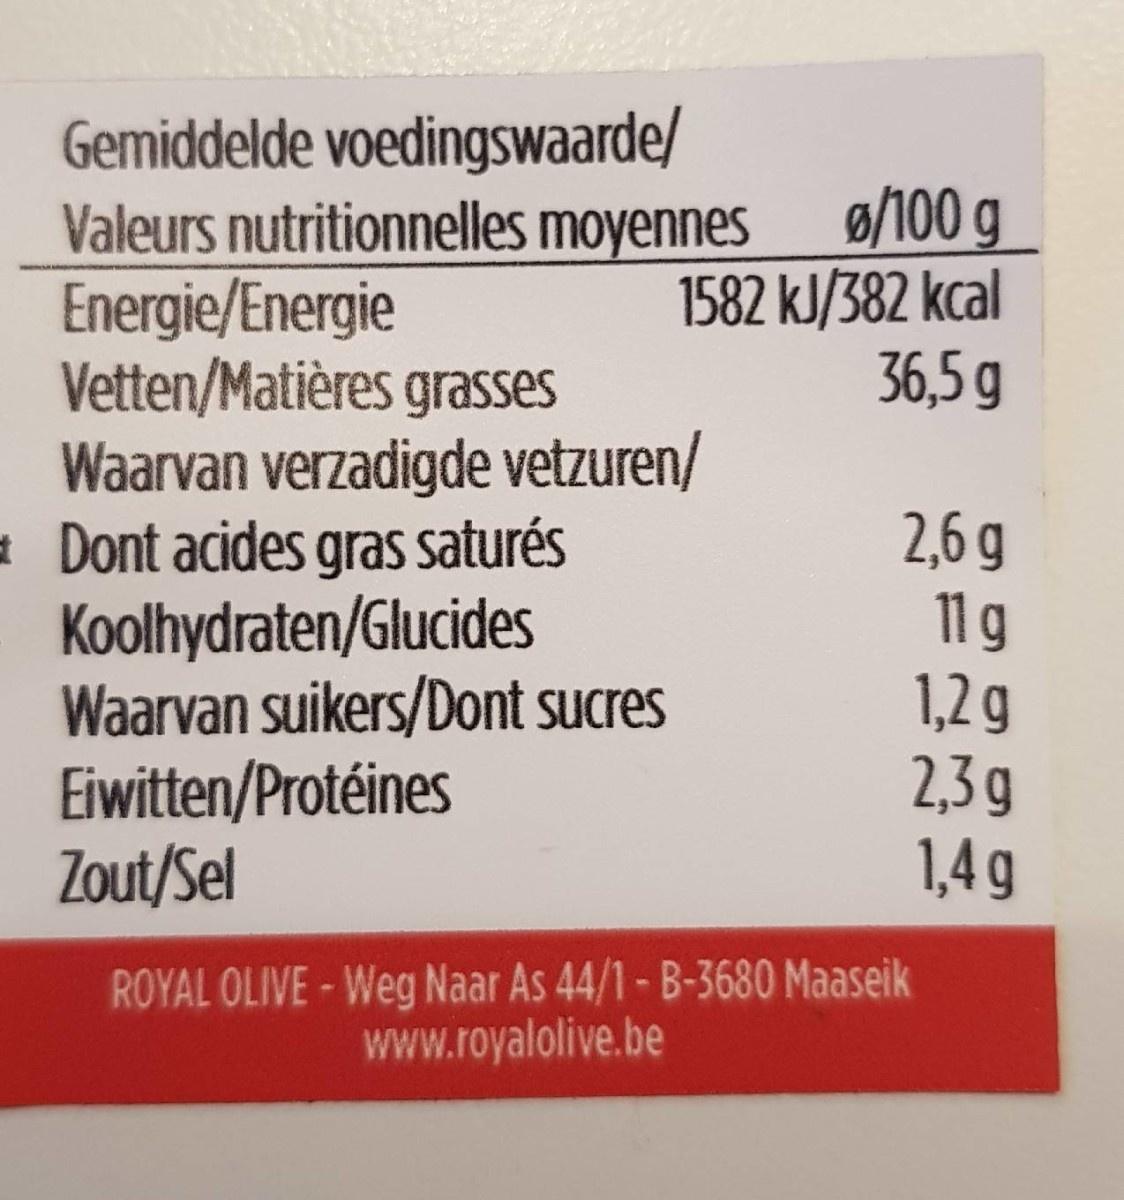
Gemiddelde voedingswaarde/ Valeurs nutritionnelles moyennes Energie/Energie Vetten/Matières grasses Waarvan verzadigde vetzuren/ Dont acides gras saturés Koolhydraten/Glucides Waarvan suikers/Dont sucres Eiwitten/Protéines Zout/Sel
ø/100 g 1582 kJ/382 kcal 36,5 g
2,6 g 11 g 1,2 g 2,3 g 1,4 g
ROYAL OLIVE-Weg Naar As 44/1-B-3680 Maaseik www.royalolive.be